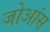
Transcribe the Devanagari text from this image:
जोआंस